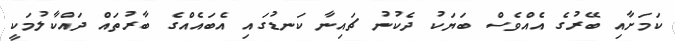
ކަމަށާއި ބޭރުގެ އެއްވެސް ބަޔަކު ދެކުނު ޗައިނާ ކަނޑުގައި އެބައެއްގެ ބާރުތައް ދައްކާލުމަކީ